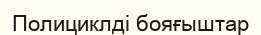
Полициклді бояғыштар